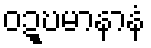
ဝဍ္ဎမာနာနံ